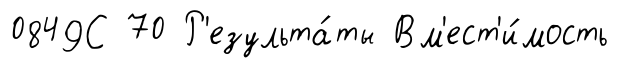
0849С 70 Р'езульта́ты Вм'ест'и́мость